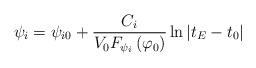
\begin{align*}\psi _i=\psi _{i0}+\frac{C_i}{V_0F_{\psi _i}\left( \varphi _0\right) }\ln\left| t_E-t_0\right| \end{align*}